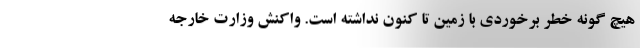
هیچ گونه خطر برخوردی با زمین تا کنون نداشته است. واکنش وزارت خارجه